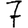
Digit: 7